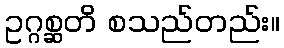
ဥဂ္ဂစ္ဆတိ စသည်တည်း။